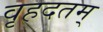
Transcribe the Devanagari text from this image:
वृहदतम्